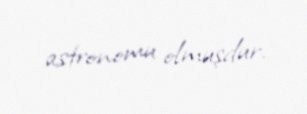
astronomu olmuşdur.